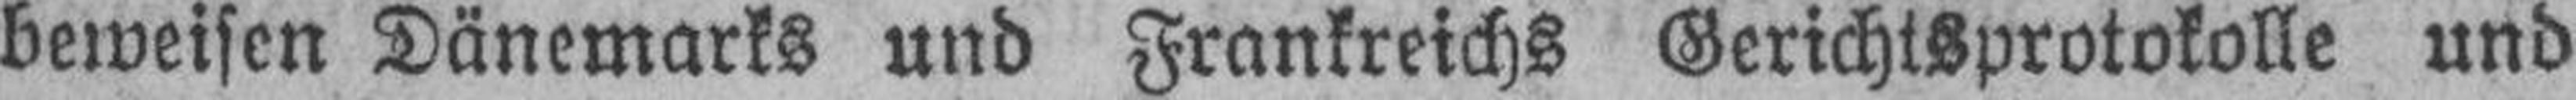
beweisen Dänemarks und Frankreichs Gerichtsprotokolle und